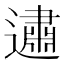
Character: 𰻕